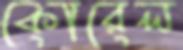
কোরেল